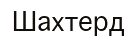
Шахтерд